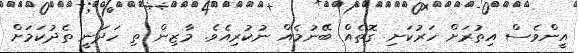
އީންވެސް އިތުރަށް ހަރުކަށި ގޮތެއް ބޭނުމެއް ނުކުރިއެވެ. މާޒިން ތި ހަދަނީ ތެދުކަމަށް